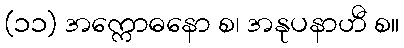
(၁၁) အက္ကောဓနော စ၊ အနုပနာဟီ စ။